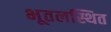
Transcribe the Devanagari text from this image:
भूतलस्थित